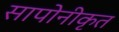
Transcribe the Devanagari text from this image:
सापोनीकृत